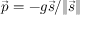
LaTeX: { \vec { p } } = - g { \vec { s } } / \| { \vec { s } } \| \,